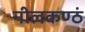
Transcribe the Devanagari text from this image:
नीलकण्ठं